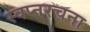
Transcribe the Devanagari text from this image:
स्वप्नरचना